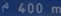
^2400\mathrm{~